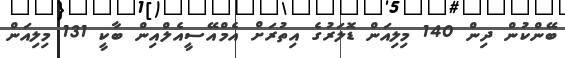
ބޭންކުން ދިން 140 މިލިއަން ޑޮލަރުގެ އިތުރަށް އެމްއޭސީއެލްއިން ބާކީ 131 މިލިއަން